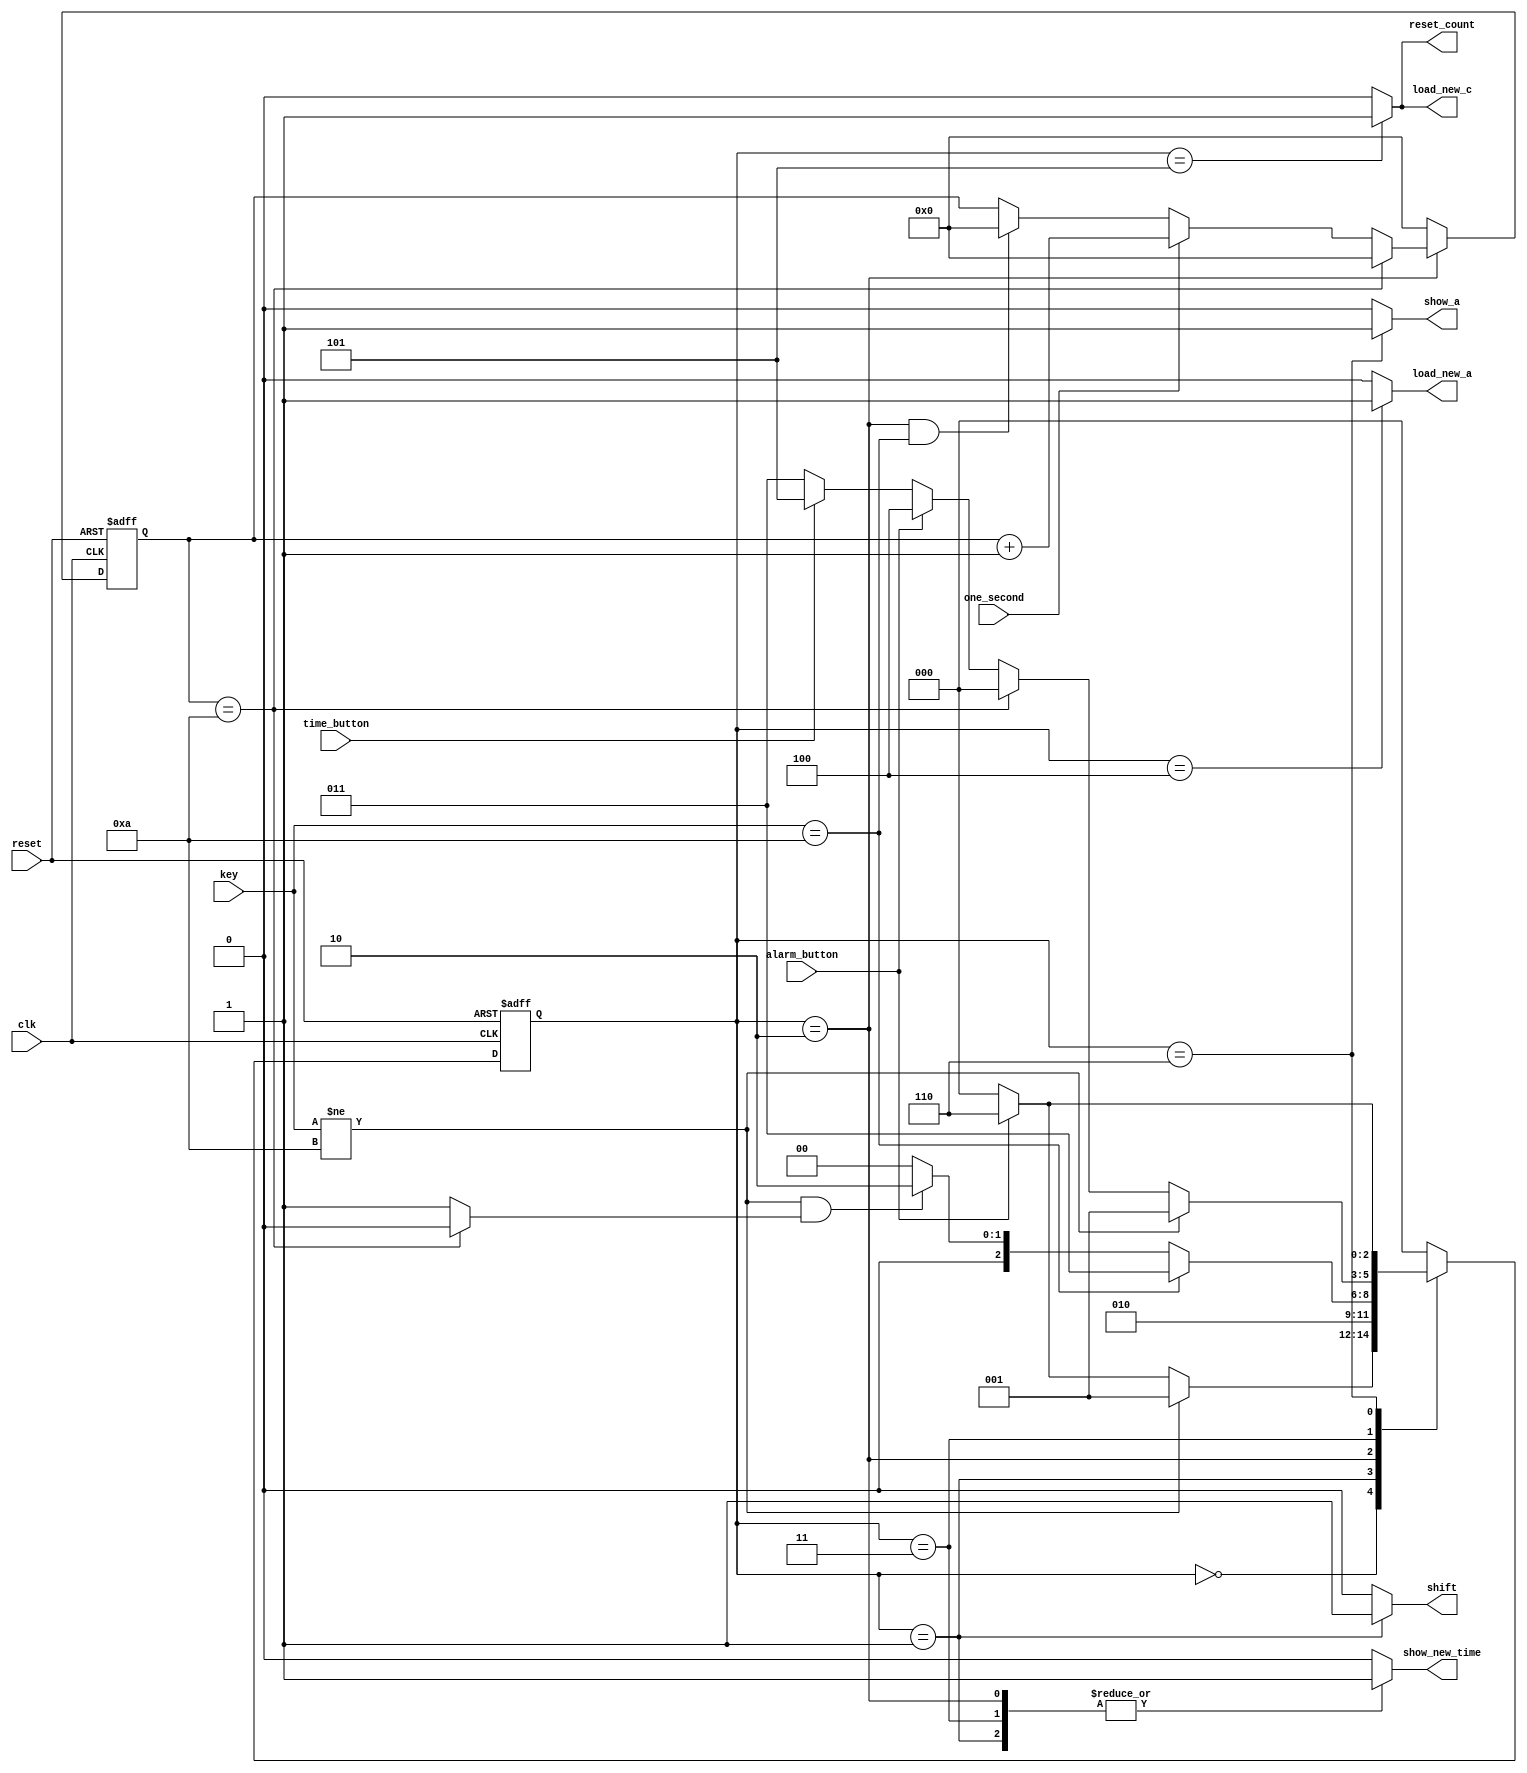
module aclk_controller(reset,
		       clk,
		       one_second,
		       alarm_button,
		       time_button,
			key,
			reset_count,
			load_new_c,
			show_new_time,
			show_a,
			load_new_a,
			shift);

input reset,
      clk,
      one_second,
      alarm_button,
      time_button;

input [3:0] key;

output reg      reset_count,
        	load_new_c,
       		show_new_time,
        	show_a,
        	load_new_a,
        	shift;

parameter show_time=3'd0,
	  key_stored=3'd1,
	  key_waited=3'd2,
	  key_entry=3'd3,
          set_alarm_time=3'd4,
          set_current_time=3'd5,
   	  show_alarm=3'd6;	   
 
reg [2:0] state, next_state;

reg [3:0] count_time;

wire time_out;


always@(posedge clk or posedge reset)
begin
if(reset)
begin
state<=show_time;
end

else
state<=next_state;
end

always@(*)
begin

case(state)

show_time : begin
	        {reset_count,load_new_c,load_new_a,show_a,show_new_time,shift}=0;
		if(key!=10)
		begin		
		next_state=key_stored;
		end
		
                else if(alarm_button)
		begin
		next_state=show_alarm;
		end
		
                else
		begin
		next_state=show_time;
                end
            end

key_stored :  begin
	      {reset_count,load_new_c,load_new_a,show_a}=0;
              shift=1'b1;
              show_new_time=1'b1;
              next_state=key_waited;
	      end
          	
key_waited :   begin
               show_new_time=1'b1;
                {reset_count,load_new_c,load_new_a,show_a}=0;
		shift=1'b0;
		 if(key==10)
                 begin
		 next_state=key_entry;
                 end
		
                 else if((key!=10) && (time_out==1))
                 begin
		 next_state=key_waited;
                 end
		
                 else 
                 begin 
		 next_state=show_time;
                 end
               end

key_entry : begin
	      {reset_count,load_new_c,load_new_a,show_a,shift}=0;
               show_new_time=1'b1;
	       if(key!=10)
               begin
               next_state=key_stored;
               end
	       
                else if(time_out==0)
		begin
		next_state=show_time;
                end
		
                else if(alarm_button)
                begin		
                next_state=set_alarm_time;
		end
		
                else if(time_button)
		begin
		next_state=set_current_time;
		end
		
                else
		begin
		next_state=key_entry;
                end
	      end

set_alarm_time : begin
                    load_new_a=1'b1;
		    next_state=show_time;
                    reset_count=1'b0;
                    {load_new_c,show_a,show_new_time,shift}=0;  
		  end

set_current_time : begin
		     next_state=show_time;
                     reset_count=1'b1;
                     load_new_c=1'b1;
		     {load_new_a,show_a,show_new_time,shift}=0;	
 	           end

show_alarm   :     begin
                   show_a=1'b1;
		   {reset_count,load_new_c,load_new_a,show_new_time,shift}=0;
                     if(!alarm_button)
                     begin
		     next_state=show_time;
                     end
             	    
                     else
                     begin               
		     next_state=show_alarm;
		     end 
                   end
		 
default :	begin
		 next_state=show_time;
		 {load_new_c,load_new_a,show_a,reset_count,shift,show_new_time}=0;
		end
endcase
end

always@(posedge clk or posedge reset)
begin  
if(reset)
count_time <= 4'b0000;

else
begin
if(state==key_waited)
begin
   if((state==key_waited) && (key==10))
   begin
   count_time<=4'b0000;
   end


   if(count_time==10) 
   count_time <= 4'b0000;
   else if(one_second)
   count_time<=count_time+1'b1;      
   
end
else
count_time<=4'b0000;
end 
end
assign time_out=(count_time==10)?1'b0:1'b1;
endmodule